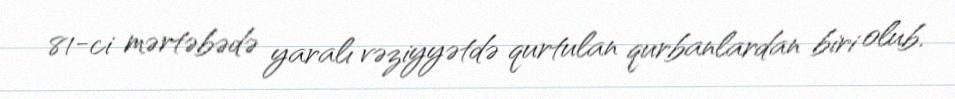
81-ci mərtəbədə yaralı vəziyyətdə qurtulan qurbanlardan biri olub.